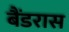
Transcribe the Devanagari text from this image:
बैंडरास